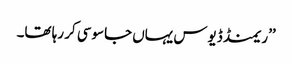
’’ریمنڈ ڈیوس یہاں جاسوسی کر رہا تھا۔